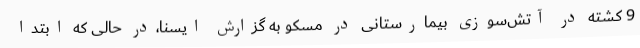
9 کشته در آتش‌سوزی بیمارستانی در مسکو به گزارش ایسنا،در حالی که ابتدا